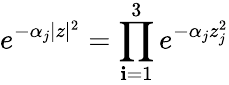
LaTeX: e^{-\alpha_{j}|z|^{2}}=\prod_{\mathbf{i}=1}^{3}e^{-\alpha_{j}z_{j}^{2}}